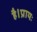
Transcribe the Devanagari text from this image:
है।प्रायः